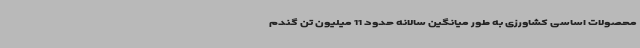
محصولات اساسی کشاورزی به طور میانگین سالانه حدود 11 میلیون تن گندم